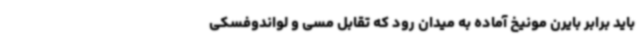
باید برابر بایرن مونیخ آماده به میدان رود که تقابل مسی و لواندوفسکی